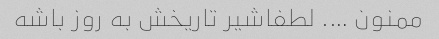
ممنون …. لطفاشیر تاریخش به روز باشه